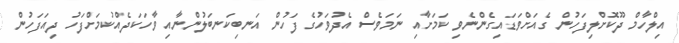
އިލްހާމް ދޫކޮށްލިފަހުން ގެއަށްވަޑައިގެންނެވި ކަމަށާއި ނަމަވެސް އެދުވަހުގެ ފަހުން އަނބިކަނބަލުންނާއި ވާހަކަދެއްކުމަށްފަހު ދިއަފަހުން